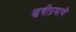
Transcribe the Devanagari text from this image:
ॠषीप्रमाणें